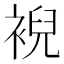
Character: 䘽